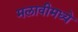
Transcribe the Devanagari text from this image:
मलावीमध्ये